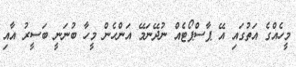
މީހެއްގެ އަތުގައި އޭ ޕާސްޕޯޓެއް ނުދޭނަމޭ އަންހެން މީހާ ބުނަނީ ބަސީރު އާއި